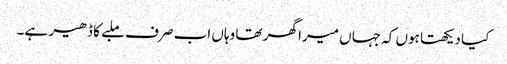
کیا دیکھتا ہوں کہ جہاں میرا گھر تھا وہاں اب صرف ملبے کا ڈھیر ہے۔